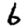
Digit: 6